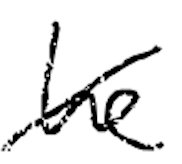
Text: he
Cross-out: diagonal
Writing tool: digital_black